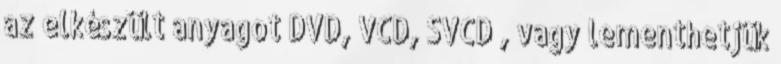
az elkészült anyagot DVD, VCD, SVCD , vagy lementhetjük